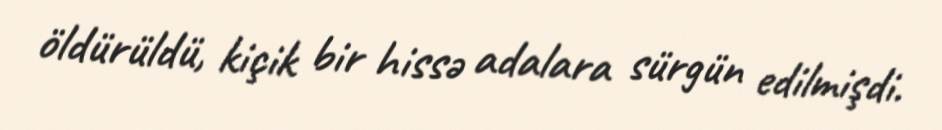
öldürüldü, kiçik bir hissə adalara sürgün edilmişdi.